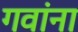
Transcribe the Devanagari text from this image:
गवांना